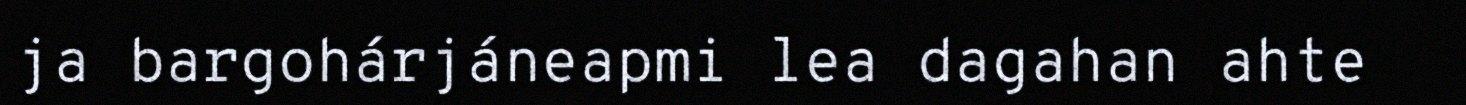
ja bargohárjáneapmi lea dagahan ahte